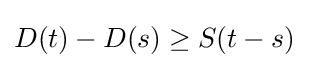
D(t)-D(s)\geq S(t-s)